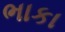
ભાકા